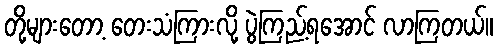
တို့များတော့ တေးသံကြားလို့ ပွဲကြည့်ရအောင် လာကြတယ်။